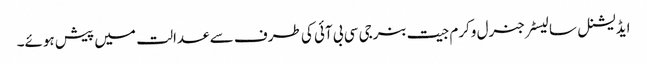
ایڈیشنل سالیسٹرجنرل وکرم جیت بنرجی سی بی آئی کی طرف سے عدالت میں پیش ہوئے۔